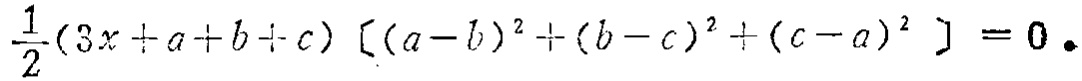
\(\frac{1}{2}(3x + a + b + c)[(a - b)^2 + (b - c)^2 + (c - a)^2]=0\)